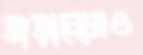
জড়ানোরও